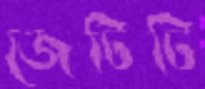
জেটিটি